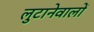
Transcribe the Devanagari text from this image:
लुटानेवालों